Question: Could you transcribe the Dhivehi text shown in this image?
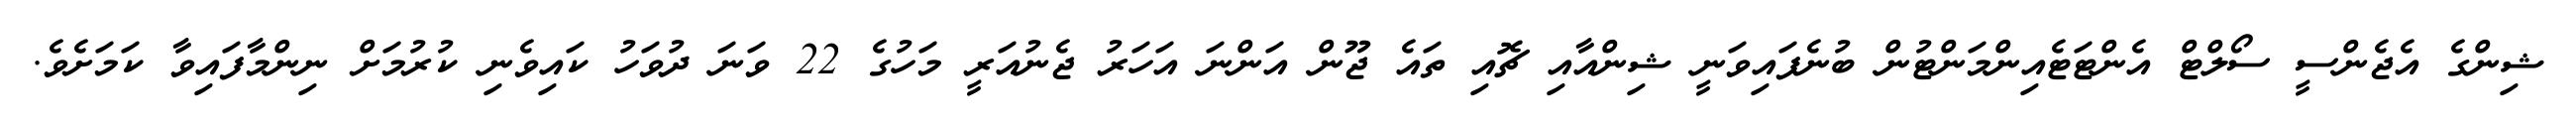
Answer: ޝިންގެ އެޖެންސީ ސޯލްޓް އެންޓަޓެއިންމަންޓުން ބުނެފައިވަނީ ޝިންއާއި ޗޮއި ތައެ ޖޫން އަންނަ އަހަރު ޖެނުއަރީ މަހުގެ 22 ވަނަ ދުވަހު ކައިވެނި ކުރުމަށް ނިންމާފައިވާ ކަމަށެވެ.